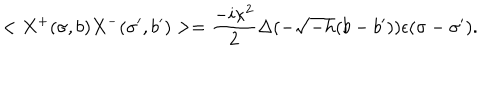
LaTeX: < X ^ { + } ( \sigma , b ) X ^ { - } ( \sigma ^ { \prime } , b ^ { \prime } ) > = \frac { - i \kappa ^ { 2 } } { 2 } \Delta ( - \sqrt { - h } ( b - b ^ { \prime } ) ) \epsilon ( \sigma - \sigma ^ { \prime } ) .